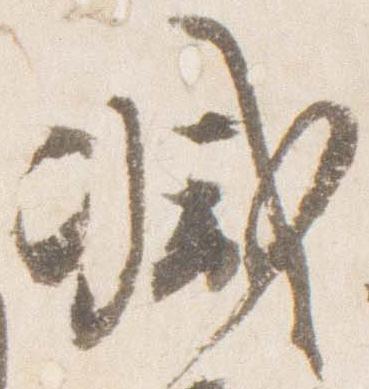
減